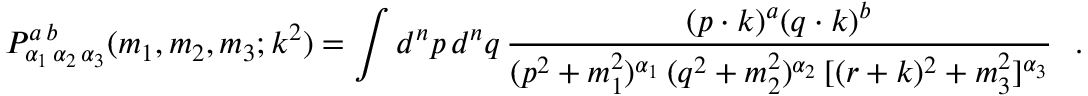
{ \cal P } _ { \alpha _ { 1 } \, \alpha _ { 2 } \, \alpha _ { 3 } } ^ { a \, b } ( m _ { 1 } , m _ { 2 } , m _ { 3 } ; k ^ { 2 } ) = \int d ^ { n } p \, d ^ { n } q \, \frac { ( p \cdot k ) ^ { a } ( q \cdot k ) ^ { b } } { ( p ^ { 2 } + m _ { 1 } ^ { 2 } ) ^ { \alpha _ { 1 } } \, ( q ^ { 2 } + m _ { 2 } ^ { 2 } ) ^ { \alpha _ { 2 } } \, [ ( r + k ) ^ { 2 } + m _ { 3 } ^ { 2 } ] ^ { \alpha _ { 3 } } } ~ ~ .